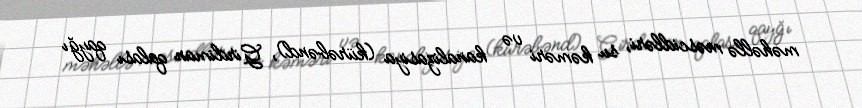
məhəllə məscidləri, su kəməri və kanalizasiya (kürəbənd), Girdiman qalası qayğı